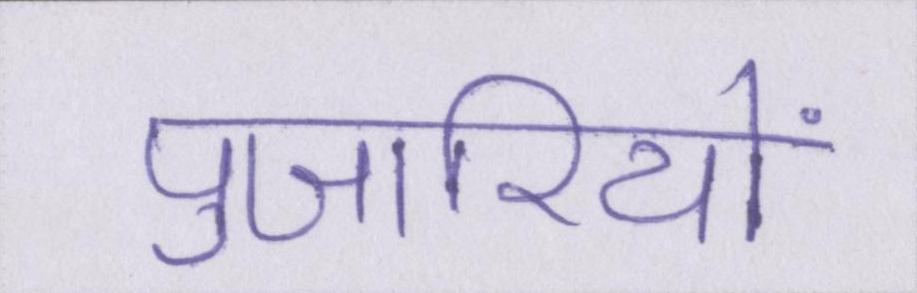
पुजारियों